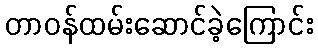
တာဝန်ထမ်းဆောင်ခဲ့ကြောင်း